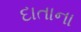
દાતાના